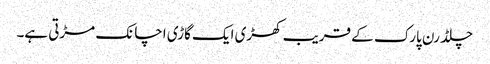
چلڈرن پارک کے قریب کھڑی ایک گاڑی اچانک مڑتی ہے۔